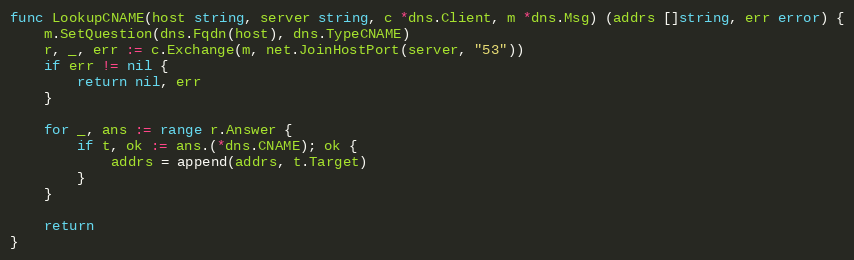
Language: Go
func LookupCNAME(host string, server string, c *dns.Client, m *dns.Msg) (addrs []string, err error) {
	m.SetQuestion(dns.Fqdn(host), dns.TypeCNAME)
	r, _, err := c.Exchange(m, net.JoinHostPort(server, "53"))
	if err != nil {
		return nil, err
	}

	for _, ans := range r.Answer {
		if t, ok := ans.(*dns.CNAME); ok {
			addrs = append(addrs, t.Target)
		}
	}

	return
}